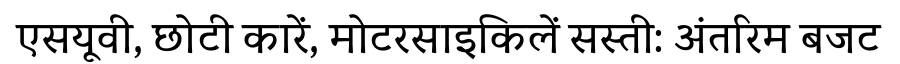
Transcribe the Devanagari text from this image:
एसयूवी, छोटी कारें, मोटरसाइकिलें सस्ती: अंतरिम बजट